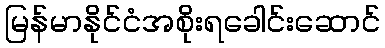
မြန်မာနိုင်ငံအစိုးရခေါင်းဆောင်